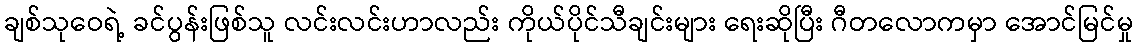
ချစ်သုဝေရဲ့ ခင်ပွန်းဖြစ်သူ လင်းလင်းဟာလည်း ကိုယ်ပိုင်သီချင်းများ ရေးဆိုပြီး ဂီတလောကမှာ အောင်မြင်မှု